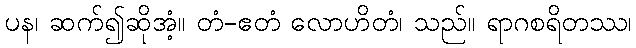
ပန၊ ဆက်၍ဆိုအံ့။ တံ-ဧတံ လောဟိတံ၊ သည်။ ရာဂစရိတဿ၊